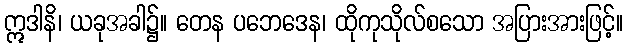
ဣဒါနိ၊ ယခုအခါ၌။ တေန ပဘေဒေန၊ ထိုကုသိုလ်စသော အပြားအားဖြင့်။